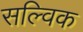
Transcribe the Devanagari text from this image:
सल्विक